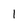
Character: 1